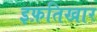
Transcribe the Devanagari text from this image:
इफ़तिखार